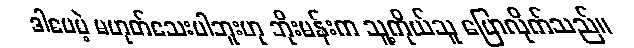
ဒါပေမဲ့ မဟုတ်သေးပါဘူးဟု ဘိုးမန်းက သူ့ကိုယ်သူ ပြောလိုက်သည်။